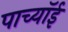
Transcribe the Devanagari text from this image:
पाच्यॉई